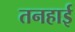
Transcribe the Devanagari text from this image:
तनहाई